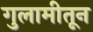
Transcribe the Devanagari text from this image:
गुलामीतून